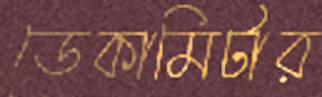
ডেকামিটার